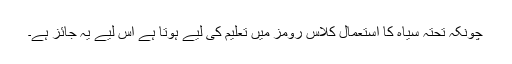
چونکہ تحتہ سیاہ کا استعمال کلاس رومز میں تعلیم کی لیے ہوتا ہے اس لیے یہ جائز ہے۔